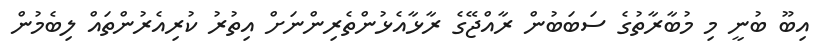
އިބޫ ބުނީ މި މުބާރާތުގެ ސަބަބުން ރާއްޖޭގެ ރާޅާއެޅުންތެރިންނަށް އިތުރު ކުރިއެރުންތައް ލިބެމުން